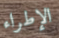
الإطراء